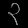
Digit: ၃